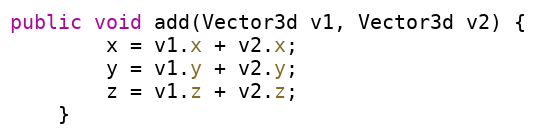
Language: Java
public void add(Vector3d v1, Vector3d v2) {
        x = v1.x + v2.x;
        y = v1.y + v2.y;
        z = v1.z + v2.z;
    }